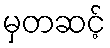
မှတဆင့်